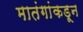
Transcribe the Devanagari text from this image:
मातंगांकडून